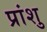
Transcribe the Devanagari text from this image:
प्रांशु